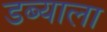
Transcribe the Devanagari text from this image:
डब्याला